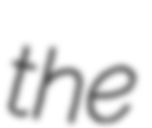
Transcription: the